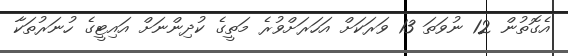
އެގޮތުން 12 ނުވަތަ 13 ވަރަކަށް އަހަރަށްވުރެ މަތީގެ ކުދިންނަށް އައިޓީގެ ހުނަރުތަކާ